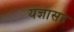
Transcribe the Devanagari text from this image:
यज्ञासह